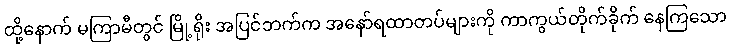
ထို့နောက် မကြာမီတွင် မြို့ရိုး အပြင်ဘက်က အနော်ရထာတပ်များကို ကာကွယ်တိုက်ခိုက် နေကြသော